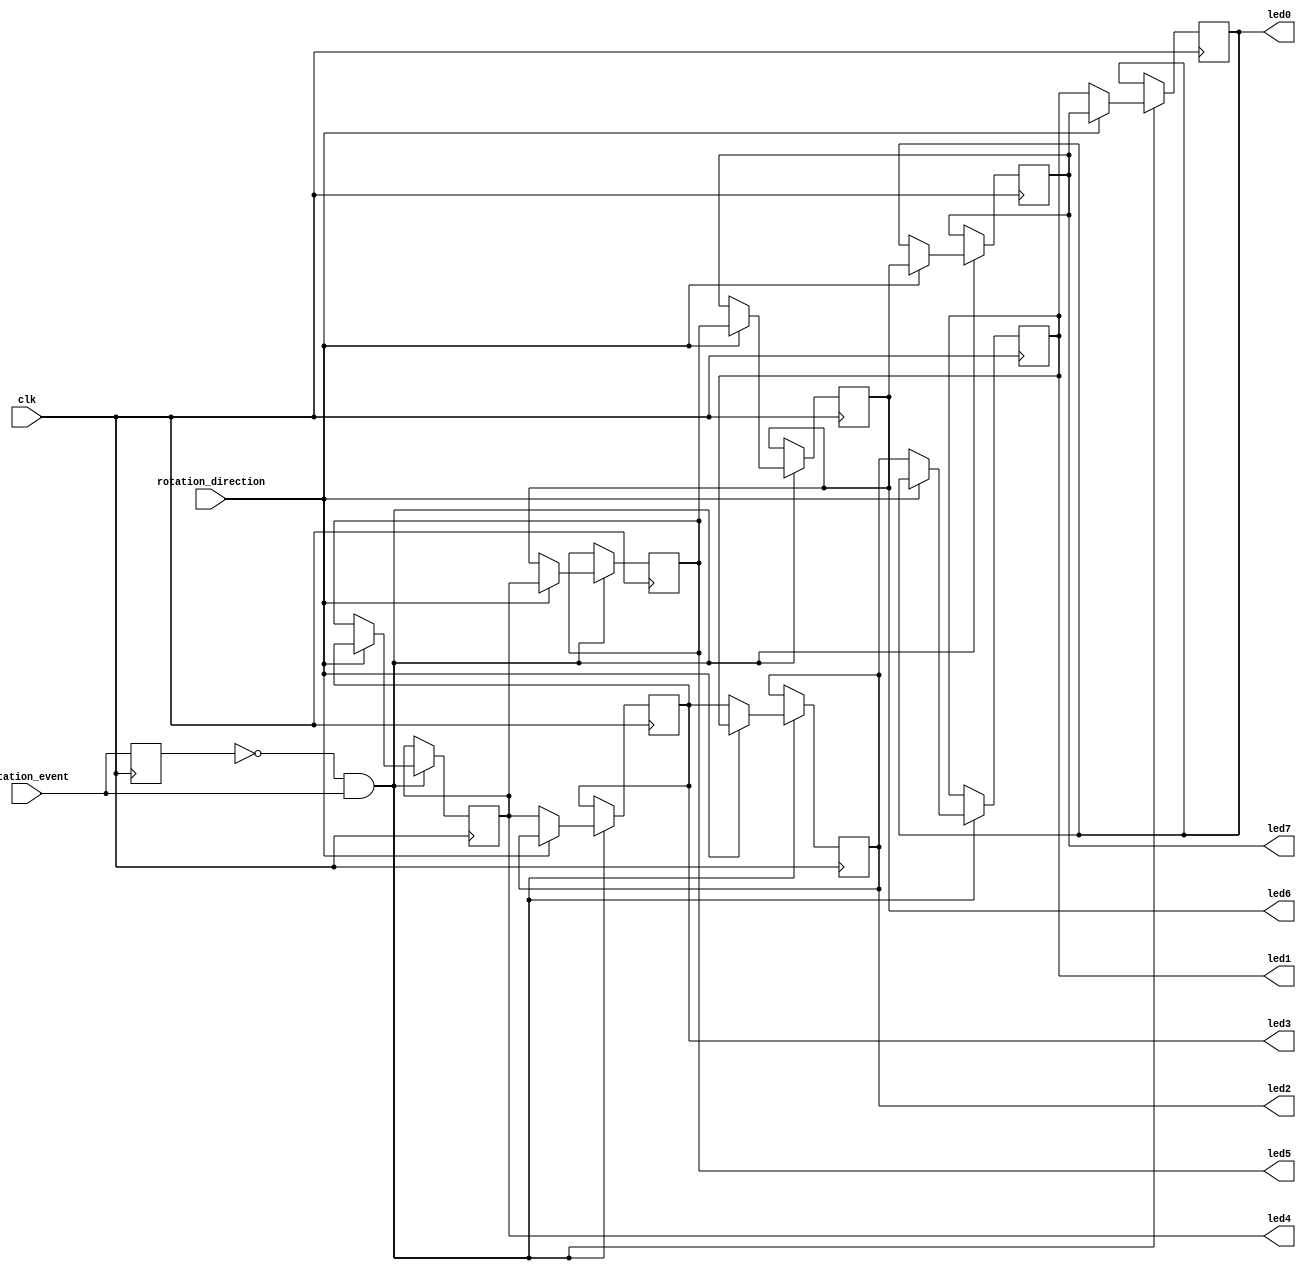
`timescale 1ns / 1ps
//////////////////////////////////////////////////////////////////////////////////
// Company: 
// Engineer: 
// 
// Design Name: 
// Module Name:    shaft_encoder 
// Project Name: 
// Target Devices: 
// Tool versions: 
// Description: 
//
// Dependencies: 
//
// Revision: 
// Revision 0.01 - File Created
// Additional Comments: 
//
//////////////////////////////////////////////////////////////////////////////////
module shaft_encoder(clk, rotation_event, rotation_direction, led0, led1, led2, led3, led4, led5, led6, led7 );
	input clk, rotation_event, rotation_direction;
	output led0, led1, led2, led3, led4, led5, led6, led7;
	reg led0=1, led1, led2, led3, led4, led5, led6, led7;
	reg prev_rotation_event = 1;
	always@(posedge clk) begin
		prev_rotation_event <= rotation_event;
		if(prev_rotation_event == 0 & rotation_event == 1) begin
			if(rotation_direction == 1 ) begin
				led1<=led0;
				led2<=led1;
				led3<=led2;
				led4<=led3;
				led5<=led4;
				led6<=led5;
				led7<=led6;
				led0<=led7;
			end
			else begin
				led0<=led1;
				led1<=led2;
				led2<=led3;
				led3<=led4;
				led4<=led5;
				led5<=led6;
				led6<=led7;
				led7<=led0;
			end
		end
	end
endmodule